King Institute of Preventive Medicine Micro-Biological Section reports 1909-11
Year: 1909
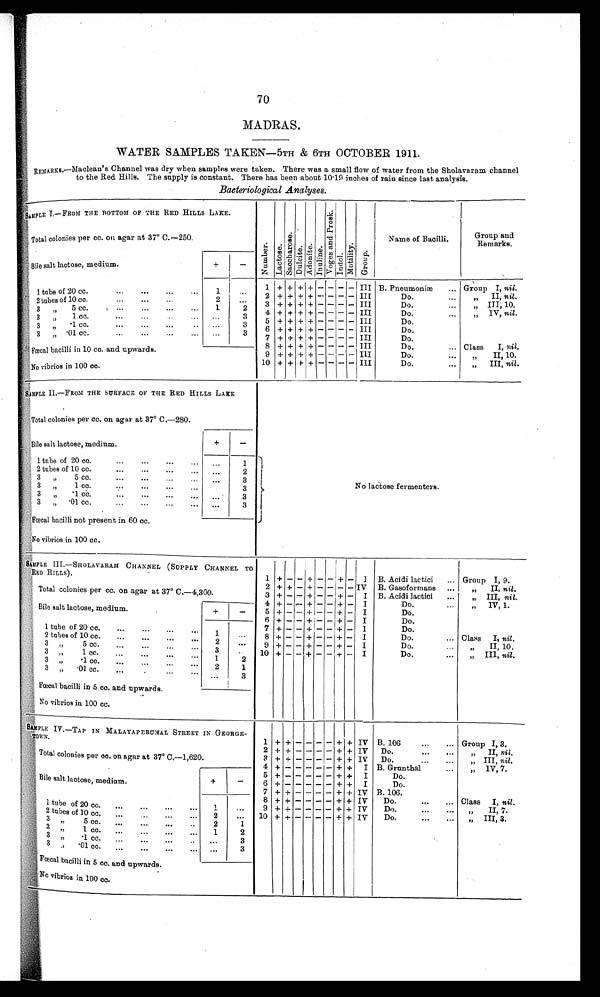
70
MADRAS.
WATER SAMPLES TAKEN—5TH & 6TH OCTOBER 1911.
REMARKS.—Maclean's Channel was dry when samples were taken. There was a small flow of water from the Sholavaram channel
to the Red Hills. The supply is constant. There has been about 10.19 inches of rain since last analysis.
Bacteriological Analyses.
SAMPLE I.—FROM THE BOTTOM OF THE RED HILLS LAKE.
N u m b e r .
L a c t o s e .
S a c c h a r o s e
D u l c i t e .
A d o n i t e .
I n u l i n e .
V o g e s a n d P r o s k .
I n d o l
M o t i l i t y .
G r o u p
Name of Bacilli.
Group and
Remarks.
Total colonies per cc. on agar at. 37° C.—250.
Bile salt lactose, medium.
+
-
1 + + + + - -
-
- III B. Pneumoniæ
. . . Group I, nil.
1 tube of 20 cc.
...
...
...
...
1
. . .
2 + + + + - - - - III
Do.
. . .
„ II, n i l .
2 tubes of 10 cc.
...
...
...
2
. . .
3 + + + + - - - - III
Do.
...
„ III; 10.
3
„
5 cc.
...
...
...
...
1
2
4 + + + + - - - - III
Do.
IV, nil.
3 „ 1 c c
. . .
. . .
. . .
3
5
+ + + + - - - - III
Do.
3
„
1cc
...
...
...
...
. . .
3
6 + + + + - - - - III
Do.
3
„
.01 cc.
...
...
...
...
. . .
3
7 + + + + - - - - III
Do.
8 + + + + - - - - III
Do.
... Class
I, nil.
Fœcal bacilli in 10 cc. and upwards.
9 + + + + - - - - III
Do.
. . .
„ I I , 1 0 .
10 + + + + - - - - III
Do.
. . .
„ III, nil.
Novibrios in 100 cc
.
S A MP L E I I . — F R O M T H ES UR F ACE O F T H E R E DH I LLS LAKE
No lactose fermenters.
Total colonies per cc. on agar at 37° C.—280.
Bile salt lactose, medium.
+
-
1 tube of 20 cc...
...
1
2 tubes of 10 cc.
.
...
...
...
. . .
2
3 „ 5 cc.
...
...
...
...
. . .
3
3 „ 1 cc.
... ...
3
3 „ .
1 cc.
...
...
...
...
. . .
3
3 „ 01 cc.
...
...
...
.
. . .
3
F œ c a lb
a c i l l i n o t p r e s e n t i n
6 0 c c .
No vibrios in 100 cc.
SAMPLE III.—SHOLAVARAM CHANNEL (SUPPLY CHANNEL TO
RED HILLS).
1 + - - +
-
-
+
- I B. Acidi lactici
. . . Group I, 9.
2 + + - + - - - - IV B. Gasoformans
. . .
„
II, nil.
Total colonies per cc. on agar at 37° C.—4,300.
3 + - - + - - + - I B. Acidi lactici
. . .
„ III, nil.
4 + - - + - - + - I
Do.
. . .
„ IV, 1.
Bile salt lactose, medium.
+
-
5 + - - + - - + - I
Do.
6 + - - +
- - + - I
Do.
1 tube of 20 cc.
...
...
1
. . .
7 + - - + - - +
- I
Do
2 tubes of 10 cc.
...
. . .
2
. . .
8 + - - + - - + - I
Do.
... Class I, nil .
9 + - - + - - + - I
Do.
. . .
„ II, 10.
3 „ 5 cc.
. . .
...
3
. . .
3 „ 1 cc.
. . .
...
1
2
10 + - - + - - + - I
Do.
...
„ III, nil.
3 „ .
1 c c .
. . .
. . .
. . .
. . .
2
1
3 „ .01 cc.
...
... ...
. . .
3
Fœcal bacilli in 5 cC. and upwards.
No vibrios in 100 cc.
SAMPLE IV.—-TAP IN MALAYAPERUMAL STREET IN GEORGE-
TOWN.
1 + +
- - - - + + IV B. 106
...
... Group I, 3.
2 + +
- - - - + + IV
Do.
. . .
...
„ I I ,
nil.
Total colonies per cc . on agar at 37° C.—1,620.
3 + +
- - - - + + IV
Do.
. . .
...
„
I I I ,
n i l .
4 + -
- - - - + + I B. Grunthal
„ 1V, 7.
Bile salt lactose, medium.
+
-
5 + -
- - - - + + I
Do.
6
+ -
- - - - + + I
Do.
7
+ +
- - - -
+ + IV B.106.
1 tube of 2 0 c c .
...
...
. . .
. . .
1
. . .
8 + +
- - - - + + IV
Do.
...
... Class I, nil,
9 +
+
- - - - + + IV
Do.
...
...
„ II, 7.
2 tubes of 10 cc....
...
2
. . . 10 + +
- - - - + + IV
Do.
...
...
„ III, 3.
3
„
5 c c .
. . .
. . .
. . .
. . .
2
1
3 „
1cc.
...
...
...
...
1
2
3 „ .1 cc.
...
...
. . .
...
. . .
3
3 „ .01 cc.
...
...
...
. . .
. . .
3
Fœcal bacilli in 5 cc. and upwards.
No vibrios in 100 cc.